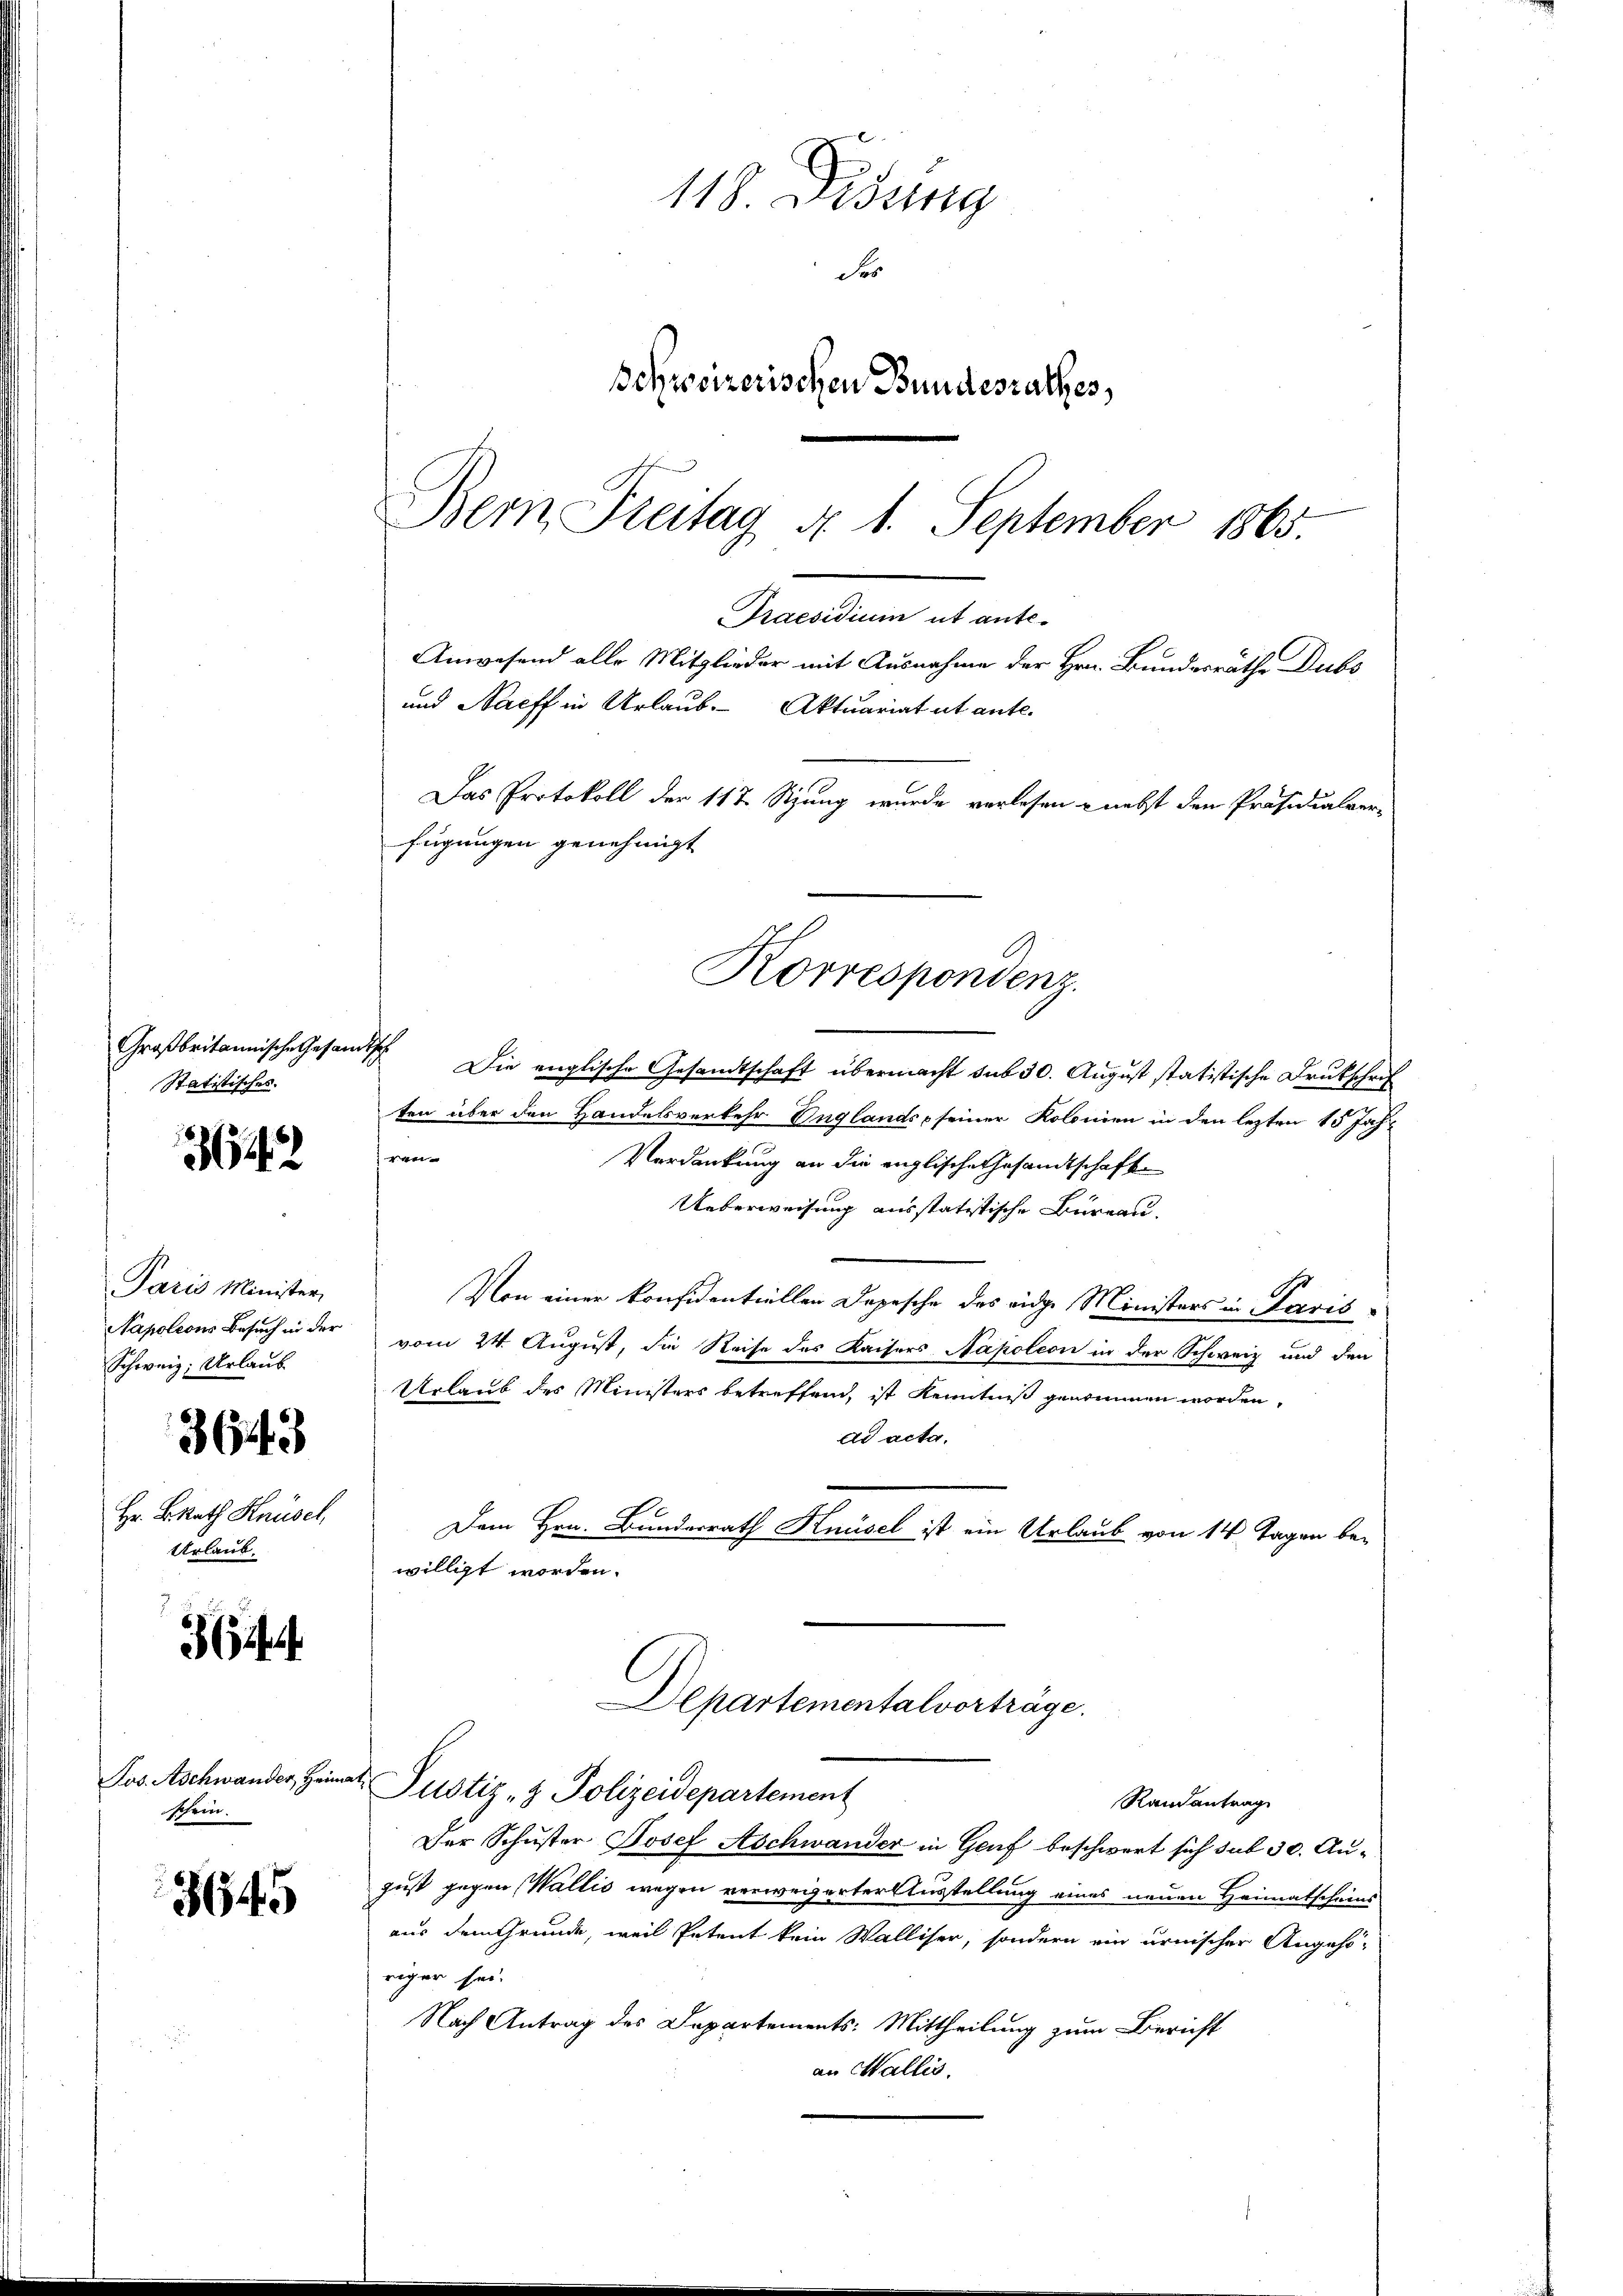
Großbritannische Gesam¬
Statistisches.

342

Paris Minister
Napoleons Besuch in der
Schweiz. Urlaub

3643

Hr. BRath Hausel
Urlaub.

3ff

Los. Aschwander Heim
schein.

8645

118. Disung
Se
Beyreizerischen Bundesrathes,
Bem Freitag d. 1. September 1865.

und Naeff in Urlaub. Aktuariat ut ante.
Das Protokoll der 117 Stzung wurde verlesen - nebst den Präsidialver-
fügungen genehmigt
Korrespondenz.

t
Die englische Gesandtschaft übermacht sub 30. August statistische Drukschrif
ten über den Handelsverkehr Unglands, seiner Kolonien in den lezten 15 Jah¬

Verdankung an die englische Gesandtschafte
Ueberweisung ausstatitische Büreau.
dho
Von einer konfidentiellen Depesche des eidge Ministers in Marisvom 24. August, die Reise des Kaisers Napoleon in der Schweiz und den
Urlaub des Ministers betreffend, ist Kenntniß genommen worden,
dd acta.
Dem Hrn. Bundesrath Knüsel ist ein Urlaub von 14 Tagen bewilligt worden.
Departementalvorträge.
Justiz- & Polizeidepartement
Randantrag
Der Schuster Josef Aschwander in Genf beschwert sich sub 30. August gegen Wallis wegen verwegerter Ausstellung eines neuen Heimatscheins
aus dem Grunde, weil Petent kein Walliser, sondern ein urnischer Angehö-
riger sei.
Nach Antrag des Departements: Mittheilung zum Bericht
an Wallis.

Praesidium ut ante-
Anwesend alle Mitglieder mit Ausnahme der Hrn. Bundesräthe Dubs